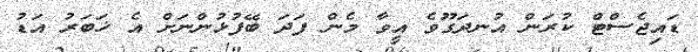
ޑައިޖެސްޓް ކުރަން އުނދަގޫވެ އީވާ މެން ފަދަ ބޭފުޅުންނަށް އެ ޚަބަރު އަޑު